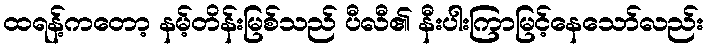
ထရန့်ကတော့ နမ့်တိန်းမြစ်သည် ပီလီ၏ နီးပါးကြာမြင့်နေသော်လည်း